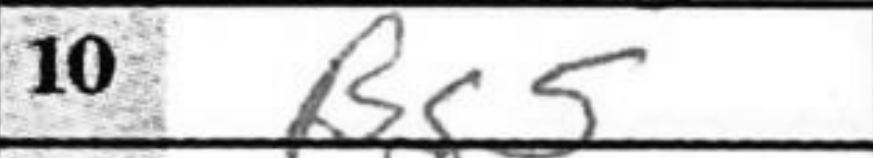
Transcription: Bg5